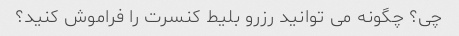
چی؟ چگونه می توانید رزرو بلیط کنسرت را فراموش کنید؟